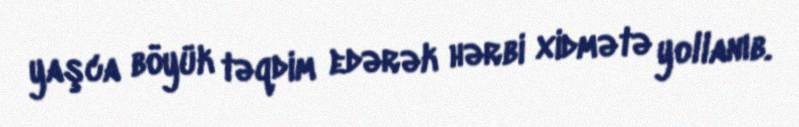
yaşca böyük təqdim edərək hərbi xidmətə yollanıb.